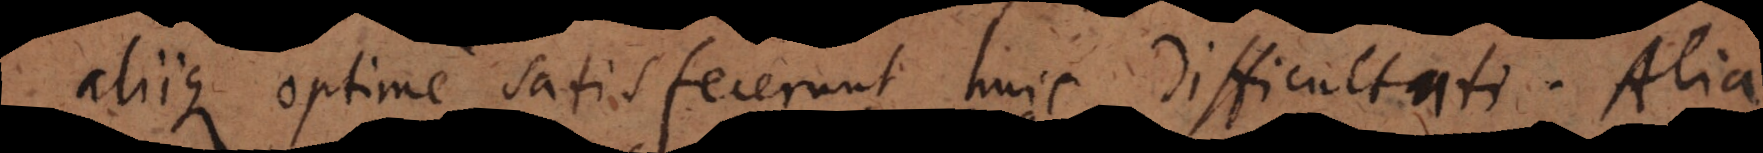
scripsere, optime satisfecerunt huic difficultati. Alia